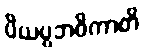
ပိယပ္ပဘဝိကာတိ